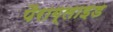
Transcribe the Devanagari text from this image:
पैराग्लाइड